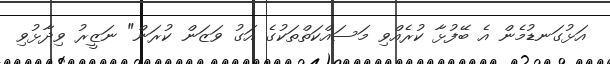
އަޅުގަނޑުމެން އެ ބޭފުޅާ ކުރެއްވި މަސައްކަތްތަކުގެ އަގު ވަޒަން ކުރަން" ނަޒީރު ވިދާޅުވި